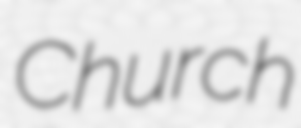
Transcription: Church